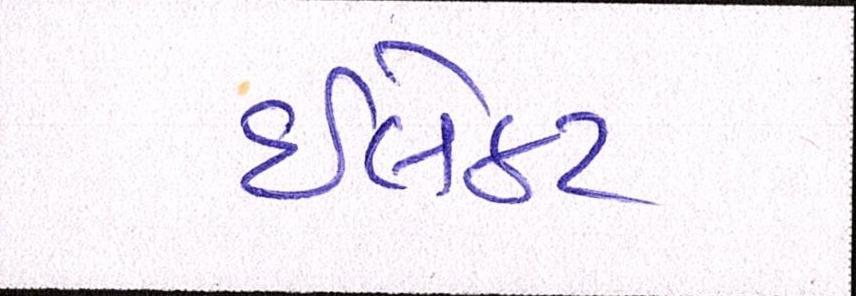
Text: ઈલેક્ટ